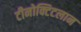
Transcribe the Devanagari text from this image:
टीनोक्टिटलान